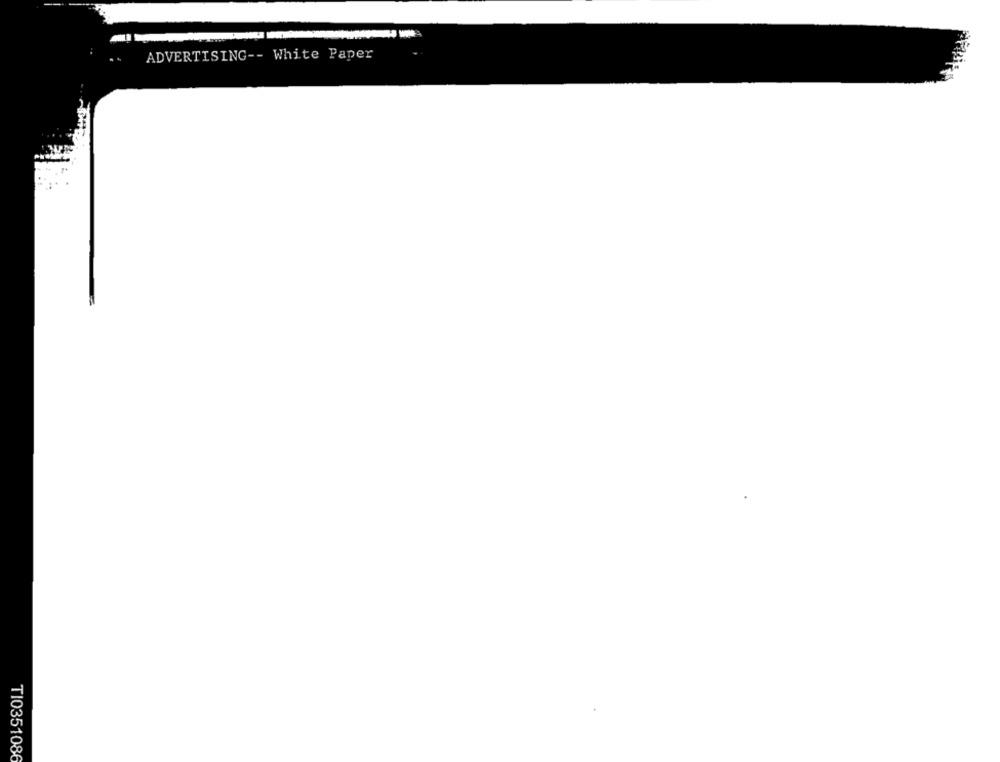
ADVERTISING -- White Paper
TI0351086